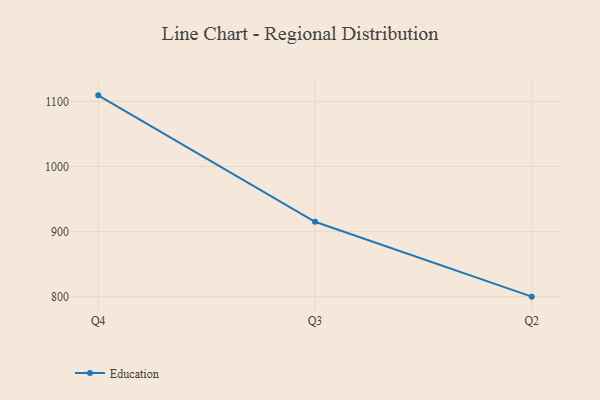
{"axis": {"x": "Quarter", "y": "Budget (USD K)"}, "legend": ["Education"], "data": [{"x": "Q4", "y": 1109.3, "type": "Education"}, {"x": "Q3", "y": 915.0, "type": "Education"}, {"x": "Q2", "y": 800, "type": "Education"}]}